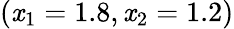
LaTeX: (\mathit{x}_{1}=1.8,\mathit{x}_{2}=1.2)